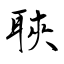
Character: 聗